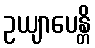
ဥယျာပေန္တိ